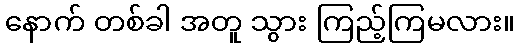
နောက် တစ်ခါ အတူ သွား ကြည့်ကြမလား။